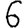
Digit: 6